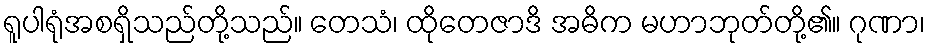
ရူပါရုံအစရှိသည်တို့သည်။ တေသံ၊ ထိုတေဇာဒိ အဓိက မဟာဘုတ်တို့၏။ ဂုဏာ၊